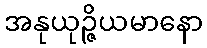
အနုယုဉ္ဇိယမာနော